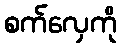
စက်လှေကို